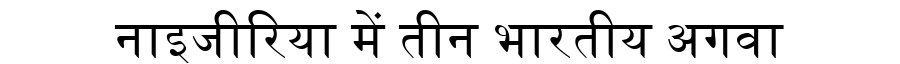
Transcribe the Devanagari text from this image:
नाइजीरिया में तीन भारतीय अगवा